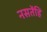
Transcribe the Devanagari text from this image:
नसतेंहि